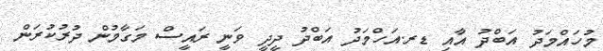
މުހައްމަދު އަބްދު އާއި ޑރ.އަހްމަދު އަބްދު ދީދީ ވަނީ ރައީސް މަގާމުން ދުރުކުރަން